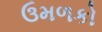
ઉમળકો